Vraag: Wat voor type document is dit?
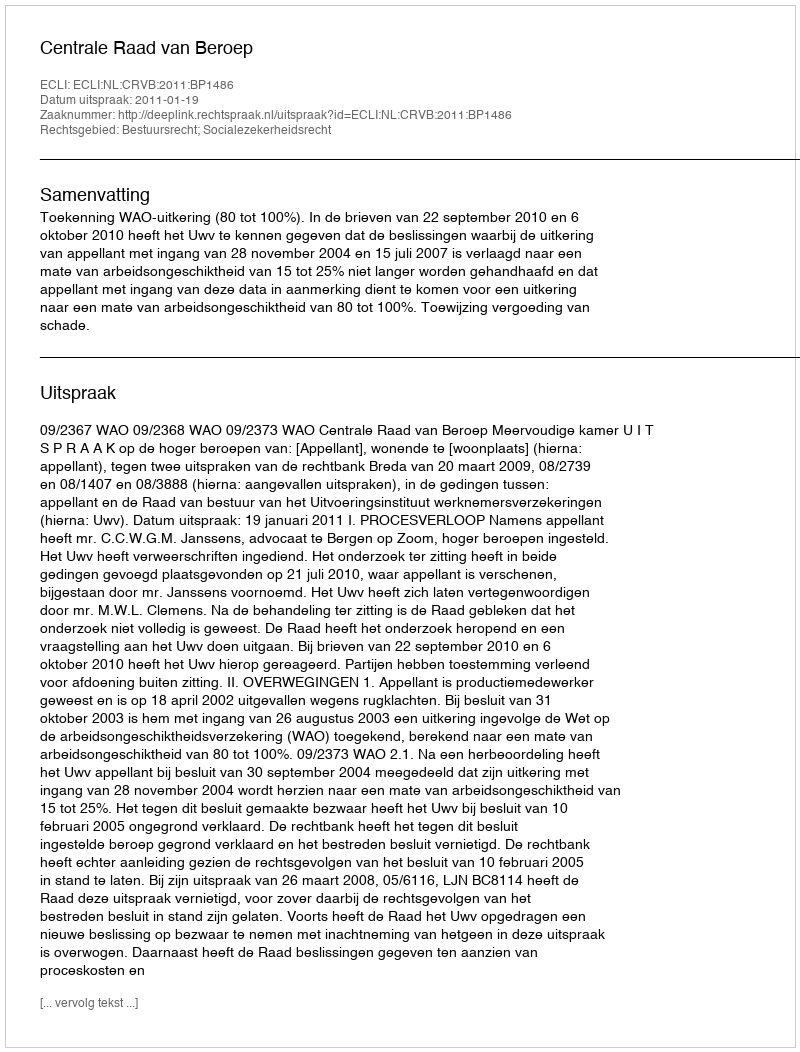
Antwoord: Uitspraak